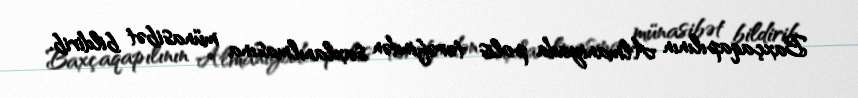
Baxçaqapılının Almaniyada polis tərəfindən saxlanılmasına münasibət bildirib.